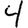
Digit: 4